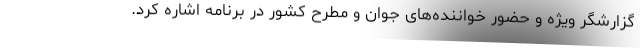
گزارشگر ویژه و حضور خواننده‌های جوان و مطرح کشور در برنامه اشاره کرد.